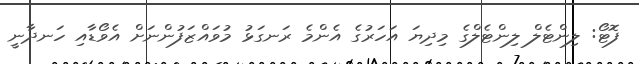
ފޮޓޯ: ލިންޓެލް ލިންޓެލްގެ މިދިޔަ އަހަރުގެ އެންމެ ރަނގަޅު މުވައްޒަފުންނަށް އެވޯޑާއި ހަނދާނީ